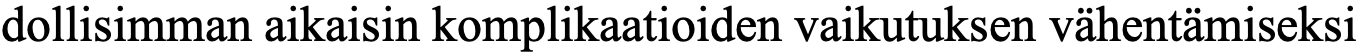
dollisimman aikaisin komplikaatioiden vaikutuksen vähentämiseksi